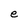
Character: e